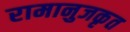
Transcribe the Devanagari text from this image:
रामानुजकृत